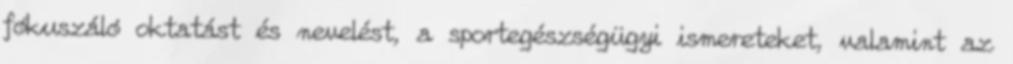
fókuszáló oktatást és nevelést, a sportegészségügyi ismereteket, valamint az